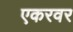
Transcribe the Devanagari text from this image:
एकरवर